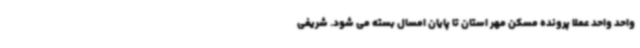
واحد واحد عملا پرونده مسکن مهر استان تا پایان امسال بسته می شود. شریفی